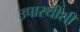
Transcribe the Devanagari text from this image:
उपास्थीशी